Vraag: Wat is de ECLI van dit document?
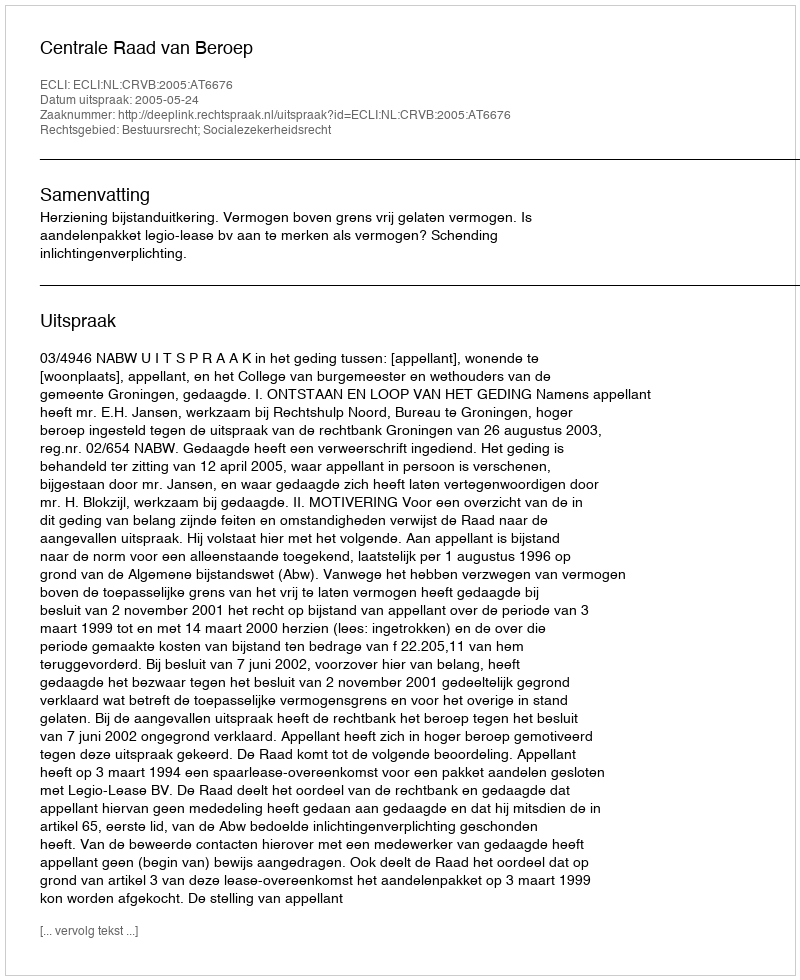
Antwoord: ECLI:NL:CRVB:2005:AT6676